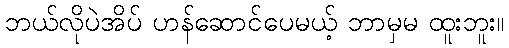
ဘယ်လိုပဲအိပ် ဟန်ဆောင်ပေမယ့် ဘာမှမ ထူးဘူး။